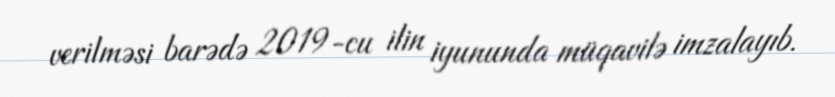
verilməsi barədə 2019-cu ilin iyununda müqavilə imzalayıb.